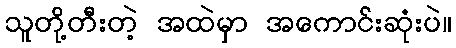
သူတို့တီးတဲ့ အထဲမှာ အကောင်းဆုံးပဲ။